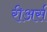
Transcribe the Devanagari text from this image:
रीअर्स